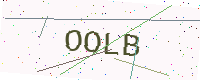
Text: OOLB